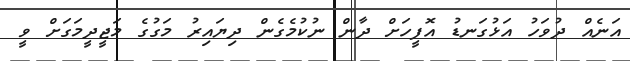
އަނެއް ދުވަހު އަޅުގަނޑު އޮފީހަށް ދާން ނުކުމެގެން ދިޔައިރު މަގުގެ މަޖީދީމަގަށް ވީ